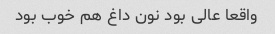
واقعا عالی بود نون داغ هم خوب بود